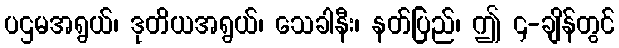
ပဌမအရွယ်၊ ဒုတိယအရွယ်၊ သေခါနီး၊ နတ်ပြည်၊ ဤ ၄-ချိန်တွင်